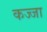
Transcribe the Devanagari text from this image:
कज्जा